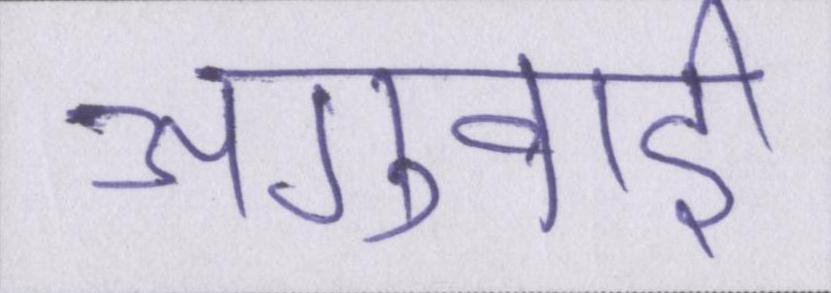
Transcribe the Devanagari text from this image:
अगुवाई